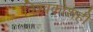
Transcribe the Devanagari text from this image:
विश्वकोशही